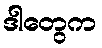
ဒါတွေက